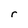
Character: r